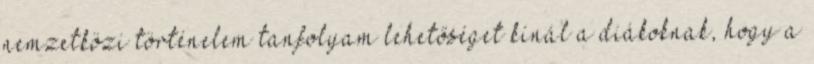
nemzetközi történelem tanfolyam lehetőséget kínál a diákoknak, hogy a